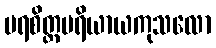
ပရစိတ္တပရိယာယကုသလော